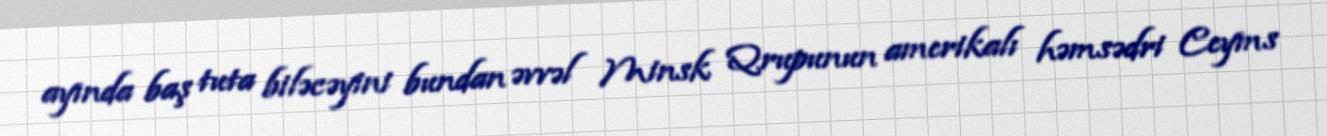
ayında baş tuta biləcəyini bundan əvvəl Minsk Qrupunun amerikalı həmsədri Ceyms